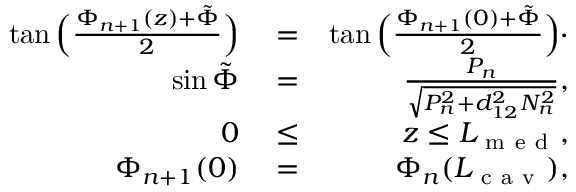
\begin{array} { r l r } { \tan \Big ( \frac { \Phi _ { n + 1 } ( z ) + \tilde { \Phi } } { 2 } \Big ) } & { { } = } & { \tan \Big ( \frac { \Phi _ { n + 1 } ( 0 ) + \tilde { \Phi } } { 2 } \Big ) \cdot } \\ { \sin \tilde { \Phi } } & { { } = } & { \frac { P _ { n } } { \sqrt { P _ { n } ^ { 2 } + d _ { 1 2 } ^ { 2 } N _ { n } ^ { 2 } } } , } \\ { 0 } & { { } \le } & { z \le L _ { \mathrm { ~ m ~ e ~ d ~ } } , } \\ { \Phi _ { n + 1 } ( 0 ) } & { { } = } & { \Phi _ { n } ( L _ { \mathrm { ~ c ~ a ~ v ~ } } ) , } \end{array}